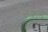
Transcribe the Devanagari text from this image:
नक़्ल